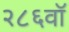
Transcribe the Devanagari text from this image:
२८६वॉ